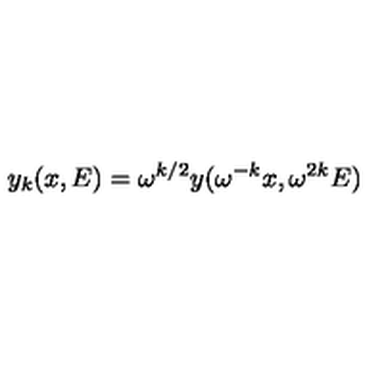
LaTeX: y _ { k } ( x , E ) = \omega ^ { k / 2 } y ( \omega ^ { - k } x , \omega ^ { 2 k } E )